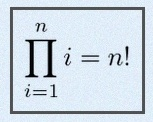
\prod_{i=1}^{n}i=n!